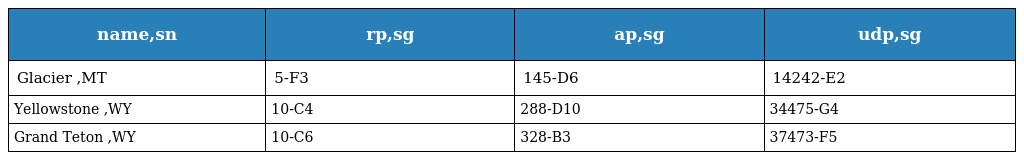
| name,sn | rp,sg | ap,sg | udp,sg |
 | --- | --- | --- | --- |
 | Glacier ,MT | 5-F3 | 145-D6 | 14242-E2 |
 | Yellowstone ,WY | 10-C4 | 288-D10 | 34475-G4 |
 | Grand Teton ,WY | 10-C6 | 328-B3 | 37473-F5 |